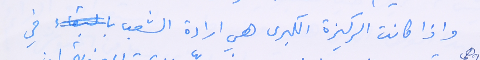
واذا كانت الركيزة الكبرى هي ارادة الشعب في